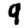
Digit: 9